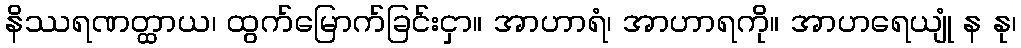
နိဿရဏတ္ထာယ၊ ထွက်မြောက်ခြင်းငှာ။ အာဟာရံ၊ အာဟာရကို။ အာဟရေယျုံ န နု၊